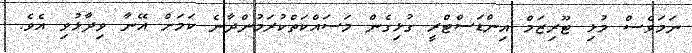
ނަމަވެސް މުޅި ޓޫރިޒަމް އިންޑަސްޓްރީ ގުޅިގެން މަސައްކަތްކުރަމުންދާނެ ކަމަށް އޭނާ ވިދާޅުވި އެވެ.